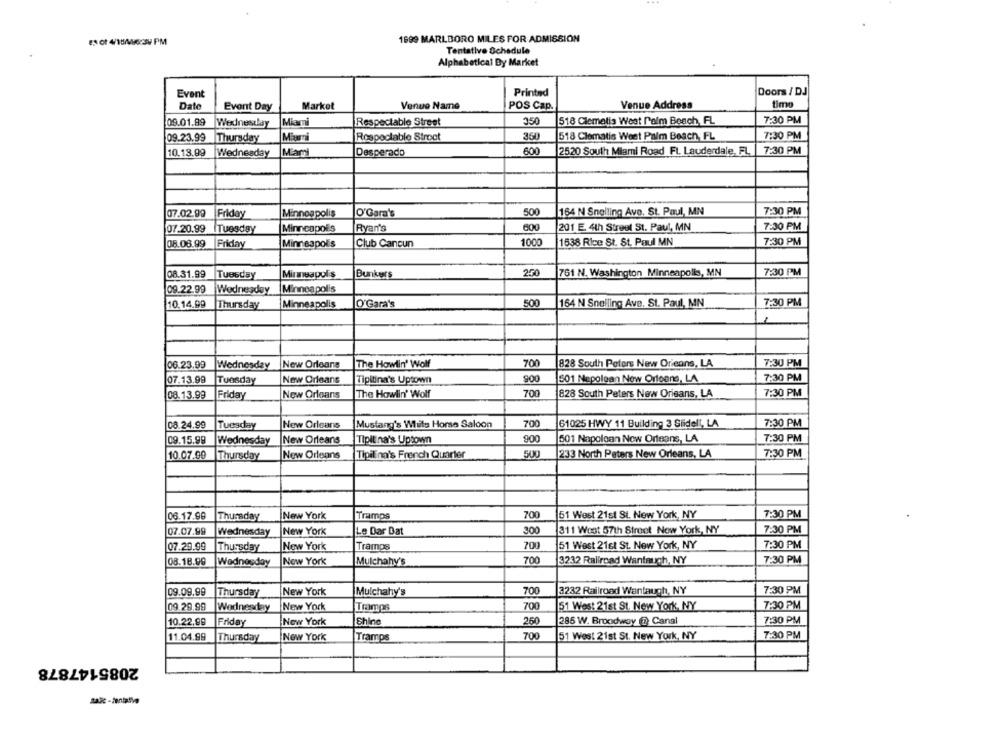
1699 MARLBORO MILES FOR ADMISSION
# 0 4/16/463PM
Tentative Schedule
Alphabetical Dy Market
Event
Printed
Doors / DJ
Venue Address
timo
Date
Event Day
Market
Venue Name
POS Cap.
7:30 PM
09.01.89
Wexlneszlay
Miami
Respectable Street
350
518 Clematis West Palm Beach, FL
7:30 PM
09.23.99
Thursday
Miuri
Rospoctable Stroet
350
518 Clematis West Palm Beach, FL
10.13.99
Wednesday
Mam
Desperado
600
2520 South Miami Road Ft. Lauderdale, FL |7:30 PM
07.02.99
Friday
Minneapolis
O'Gara's
500
164 N Snelling Ave, St. Paul, MN
7:30 PM
07.20.99 |Tuesday
Minneapolis
Ryan's
600
201 E. 4th Street St. Paul, MN
7:30 PM
08.08.99 |Friday
Minneapolis
Club Cancun
1000
1638 Rice St. St. Paul MN
7:30 PM
08.31.99
Tuesday
Minneapolis
Bunkers
200
761 N. Washington Minneapolis, MN
7:30 PM
09.22.99
Wednesday
Minneapolis
10.14.99
Thursday
Minneapolis
O'Gara's
500
164 N Snelling Ave, St. Paul, MN
7:30 PM
1
06.23.99
New Orleans
The Howlin' Wolf
700
828 South Peters New Orleans, LA
7:30 PM
Wednesday
07.13.99
Tuesday
New Orleans
900
501 Nepolean New Orleans, LA
7:30 PM
Tipitina's Uptown
The Howlin' Wolf
700
828 South Peters New Orisans, LA
7:30 PM
08.13.99
Friday
New Orleans
08.24.99
New Orleans
Mustang's White Horse Saloon
700
61025 HWY 11 Building 3 Slidell, LA
7:30 PM
Tuesday
900
7:30 PM
09.15.99
Wednesday
New Orleans
Tipitina's Uptown
501 Napolean New Orleans, LA
500
10.07.99
Thursday
New Orleans
Tipilina's French Quarter
233 North Paters New Orleans, LA
7:30 PM
700
06.17.99
Thursday
New York
Tramps
61 West 21st St. New York, NY
7:30 PM
07.07.99
Wednesday
New York
Le Dar Dat
300
311 Woot 57th Street Now York, NY
7:30 PM
07.29.99
Thursday
New York
Tramps
700
51 West 21st St. New York, NY
7:30 PM
08.18.99
Wednesday
New York
Mulchahy's
700
3232 Railroad Wantauch, NY
7:30 PM
09.09.99
Thursday
New York
Mulchahy's
700
3232 Railroad Wantauch, NY
7:30 PM
09.29.99
Wednesday
New York
Tramps
700
51 West 21st St. New York, NY
7:30 PM
10.22.99
Friday
New York
Shine
250
285 W. Broodway (@ Canal
7:30 PM
11.04.99
Thursday
New York
Tramps
700
51 West 21st St. New York, NY
7:30 PM
2085147878